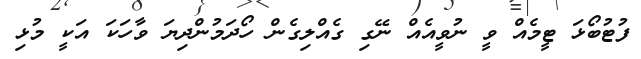
ފުޓުބޯޅަ ޓީމެއް ވީ ނުވީއެއް ނޭގި ގެއްލިގެން ހޯދަމުންދިޔަ ވާހަކަ އަކީ މުޅި